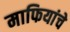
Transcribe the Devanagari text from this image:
माफियांचे